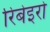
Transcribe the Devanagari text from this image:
रिबेइरो